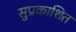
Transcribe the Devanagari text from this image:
सुप्रकाशित